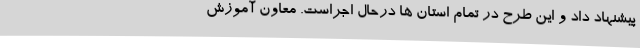
پیشنهاد داد و این طرح در تمام استان ها درحال اجراست. معاون آموزش